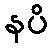
နပိ